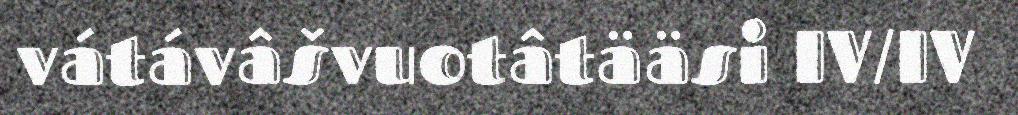
vátávâšvuotâtääsi IV/IV